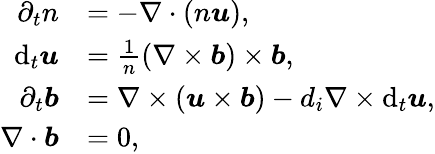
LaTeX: \begin{array}{rl}{\partial_{t}n}&{=-\nabla\cdot(n\boldsymbol{u}),}\\ {\mathrm{d}_{t}\boldsymbol{u}}&{=\frac{1}{n}(\nabla\times\boldsymbol{b})\times\boldsymbol{b},}\\ {\partial_{t}\boldsymbol{b}}&{=\nabla\times(\boldsymbol{u}\times\boldsymbol{b})-d_{i}\nabla\times\mathrm{d}_{t}\boldsymbol{u},}\\ {\nabla\cdot\boldsymbol{b}}&{=0,}\end{array}